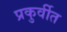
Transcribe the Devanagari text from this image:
प्रकुर्वीत